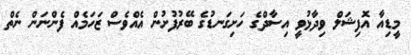
މީޑިއާ އޮފިޝަލް ވިދާޅުވީ އިސާދްގެ ހަށިގަނޑުގެ ބޭރުފުށުން އެއްވެސް ޒަހަމެއް ފެންނަން ނެތް